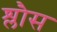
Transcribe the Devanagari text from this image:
श्लौस